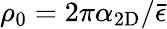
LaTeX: \rho_{0}=2\pi\alpha_{\mathrm{2D}}/\bar{\epsilon}